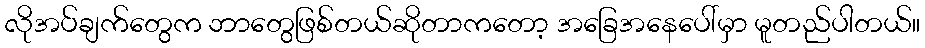
လိုအပ်ချက်တွေက ဘာတွေဖြစ်တယ်ဆိုတာကတော့ အခြေအနေပေါ်မှာ မူတည်ပါတယ်။